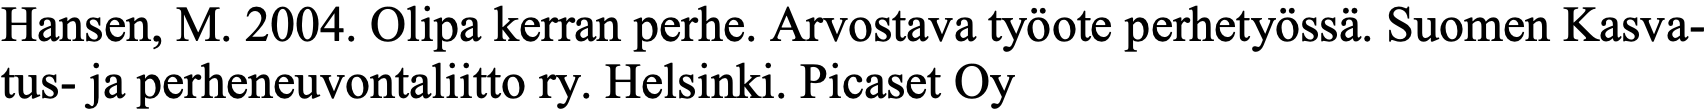
Hansen, M. 2004. Olipa kerran perhe. Arvostava työote perhetyössä. Suomen Kasva- tus- ja perheneuvontaliitto ry. Helsinki. Picaset Oy